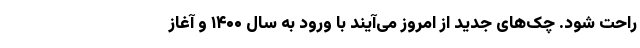
راحت شود. چک‌های جدید از امروز می‌آیند با ورود به سال ۱۴۰۰ و آغاز